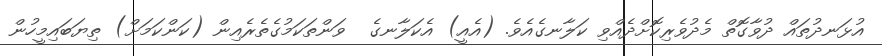
އުޅަނދުތައް ދުވާގޮތް މެދުވެރިކޮށްދެއްވި ކަލާނގެއެވެ. (އެއީ) އެކަލާނގެ  ވަންތަކަމުގެތެރެއިން (ކަންކަމަށް) ތިޔަބައިމީހުން